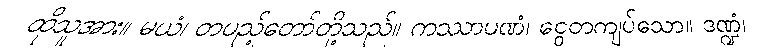
ထိုသူအား။ မယံ၊ တပည့်တော်တို့သည်။ ကဿာပဏံ၊ ငွေတကျပ်သော။ ဒဏ္ဍံ၊